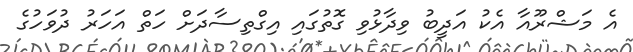
އެ މަޝްރޫއާ އެކު އަދީބު ވިދާޅުވި ގޮތުގައި އިގްތިސާދަށް ހަތް އަހަރު ދުވަހުގެ